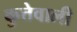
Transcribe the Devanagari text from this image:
कुत्तेवाली